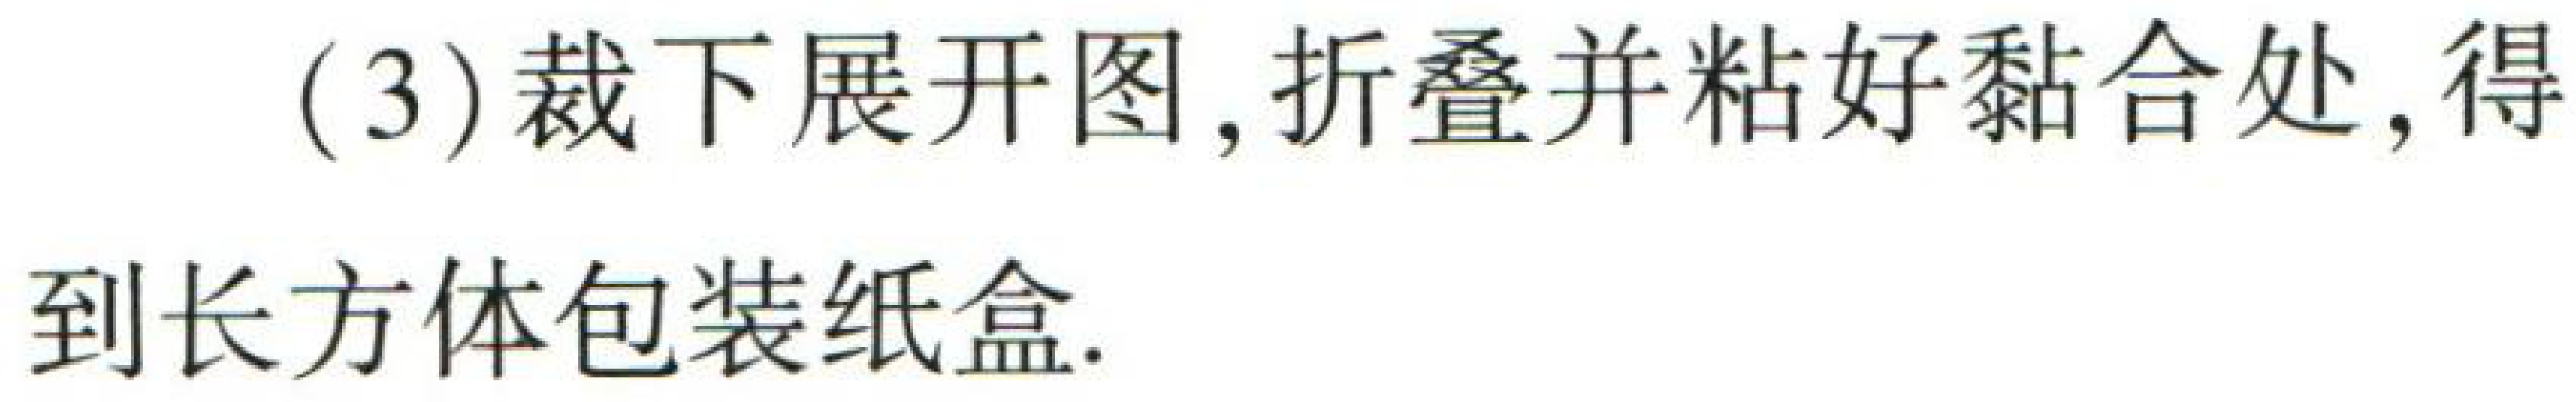
(3)裁下展开图, 折叠并粘好黏合处, 得到长方体包装纸盒.